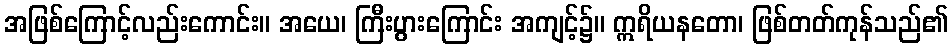
အဖြစ်ကြောင့်လည်းကောင်း။ အယေ၊ ကြီးပွားကြောင်း အကျင့်၌။ ဣရိယနတော၊ ဖြစ်တတ်ကုန်သည်၏